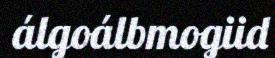
álgoálbmogiid